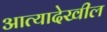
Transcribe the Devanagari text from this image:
आत्यादेखील